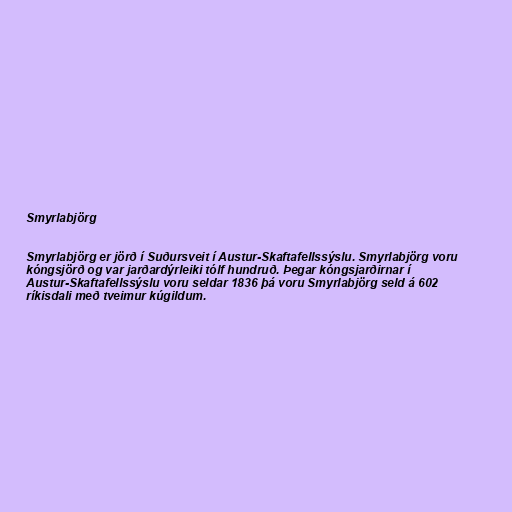
Smyrlabjörg

Smyrlabjörg er jörð í Suðursveit í Austur-Skaftafellssýslu. Smyrlabjörg voru
kóngsjörð og var jarðardýrleiki tólf hundruð. Þegar kóngsjarðirnar í
Austur-Skaftafellssýslu voru seldar 1836 þá voru Smyrlabjörg seld á 602
ríkisdali með tveimur kúgildum.